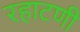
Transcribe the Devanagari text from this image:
रहाटणी